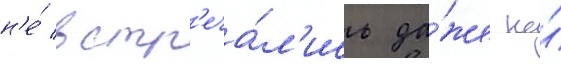
н'е́ встр'еча́л'ись да́же на́